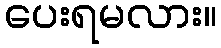
ပေးရမလား။